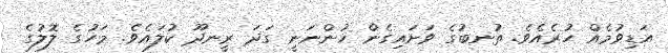
އަޑިވުމެއް ހުރެއެވެ. ތުނބުގެ ވަށައިގެން ހުންނަނީ ގަދަ ރީނދޫ ކުލައެވެ. މަހުގެ ލޮލުގެ